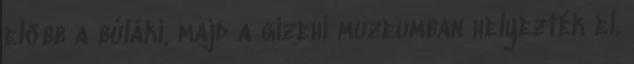
előbb a búláki, majd a gizehi muzeumban helyezték el.